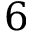
6